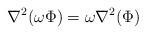
LaTeX: \begin{align*} \nabla^2(\omega\Phi)=\omega\nabla^2(\Phi) \end{align*}